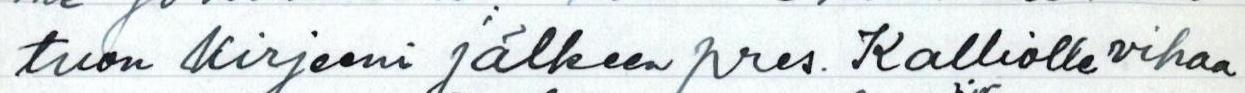
tuon kirjeeni jälkeen pres. Kalliolle vihaa